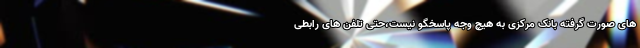
های صورت گرفته بانک مرکزی به هیچ وجه پاسخگو نیست،حتی تلفن های رابطی